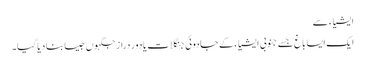
ایشیاء سے
ایک ایسا باغ جسے جنوبی ایشیاء کے جادوئی جنگلات یا دور دراز جگہوں جیسا بنا دیا گیا۔